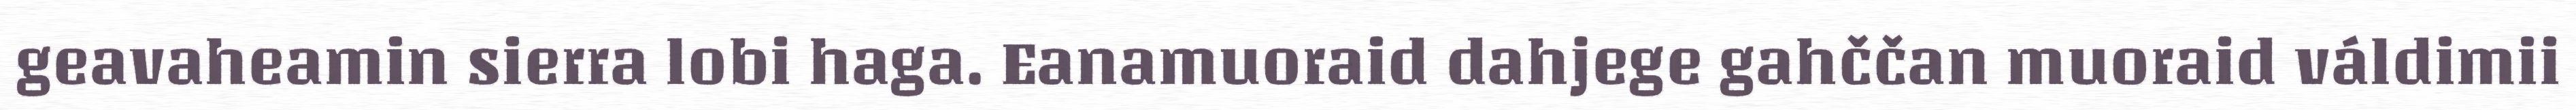
geavaheamin sierra lobi haga. Eanamuoraid dahjege gahččan muoraid váldimii